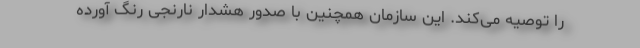
را توصیه می‌کند. این سازمان همچنین با صدور هشدار نارنجی رنگ آورده